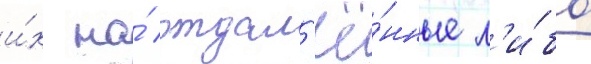
и́х на́ отдал'ё́нные л'и́бо